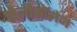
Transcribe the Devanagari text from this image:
पोलीकॉलेज